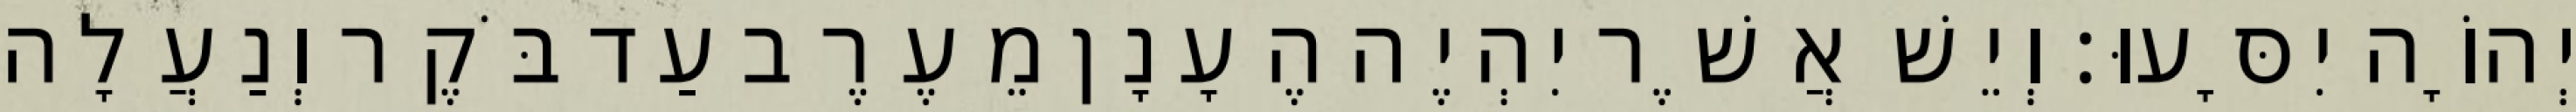
יְהוָֹה יִסָּעוּ׃ וְיֵשׁ אֲשֶׁר יִהְיֶה הֶעָנָן מֵעֶרֶב עַד בֹּקֶר וְנַעֲלָה